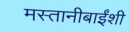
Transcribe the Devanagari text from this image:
मस्तानीबाईंशी